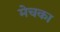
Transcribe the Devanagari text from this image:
मेचका